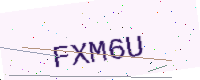
Text: FXM6U